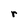
Character: r